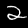
Digit: 2